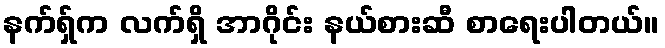
နက်ရှ်က လက်ရှိ အာဂိုင်း နယ်စားဆီ စာရေးပါတယ်။